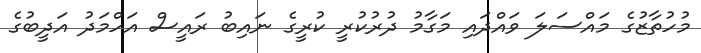
މުހުތާޒުގެ މައްސަލަ ވައްދައި މަގާމު ދުރުކުރީ ކުރީގެ ނައިބު ރައީސް އަހްމަދު އަދީބުގެ